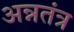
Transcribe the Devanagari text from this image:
अन्नतंत्र